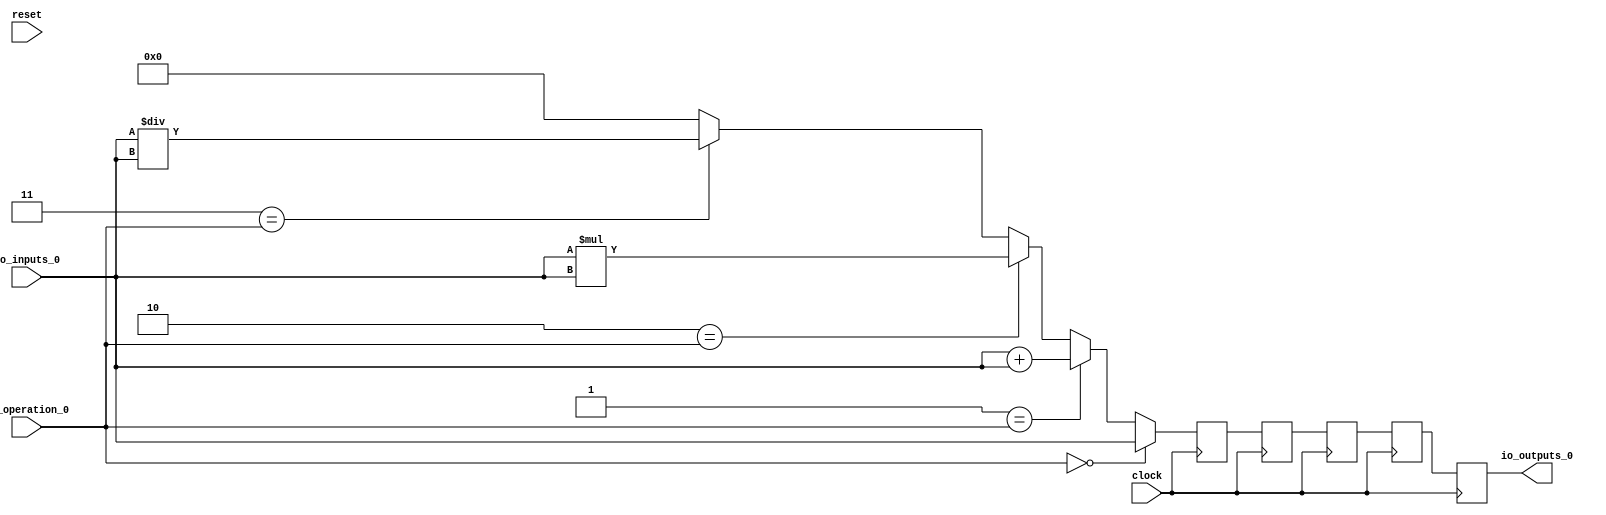
module MuxTest_width_16_inputs_1_outputs_1_pipeline_5( // @[:@3.2]
  input         clock, // @[:@4.4]
  input         reset, // @[:@5.4]
  input  [2:0]  io_operation_0, // @[:@6.4]
  input  [15:0] io_inputs_0, // @[:@6.4]
  output [15:0] io_outputs_0 // @[:@6.4]
);
  wire [16:0] _T_124; // @[MuxTest_width_16_inputs_1_outputs_1_pipeline_5s.scala 32:53:@8.4]
  wire [15:0] _T_125; // @[MuxTest_width_16_inputs_1_outputs_1_pipeline_5s.scala 32:53:@9.4]
  wire [31:0] _T_127; // @[MuxTest_width_16_inputs_1_outputs_1_pipeline_5s.scala 33:58:@10.4]
  wire [15:0] _T_129; // @[MuxTest_width_16_inputs_1_outputs_1_pipeline_5s.scala 34:56:@11.4]
  wire  _T_130; // @[Mux.scala 46:19:@12.4]
  wire [15:0] _T_131; // @[Mux.scala 46:16:@13.4]
  wire  _T_132; // @[Mux.scala 46:19:@14.4]
  wire [31:0] _T_133; // @[Mux.scala 46:16:@15.4]
  wire  _T_134; // @[Mux.scala 46:19:@16.4]
  wire [31:0] _T_135; // @[Mux.scala 46:16:@17.4]
  wire  _T_136; // @[Mux.scala 46:19:@18.4]
  reg [31:0] _T_140; // @[Reg.scala 11:16:@20.4]
  reg [31:0] _RAND_0;
  reg [31:0] _T_142; // @[Reg.scala 11:16:@24.4]
  reg [31:0] _RAND_1;
  reg [31:0] _T_144; // @[Reg.scala 11:16:@28.4]
  reg [31:0] _RAND_2;
  reg [31:0] _T_146; // @[Reg.scala 11:16:@32.4]
  reg [31:0] _RAND_3;
  reg [31:0] _T_148; // @[Reg.scala 11:16:@36.4]
  reg [31:0] _RAND_4;
  assign _T_124 = io_inputs_0 + io_inputs_0; // @[MuxTest_width_16_inputs_1_outputs_1_pipeline_5s.scala 32:53:@8.4]
  assign _T_125 = io_inputs_0 + io_inputs_0; // @[MuxTest_width_16_inputs_1_outputs_1_pipeline_5s.scala 32:53:@9.4]
  assign _T_127 = io_inputs_0 * io_inputs_0; // @[MuxTest_width_16_inputs_1_outputs_1_pipeline_5s.scala 33:58:@10.4]
  assign _T_129 = io_inputs_0 / io_inputs_0; // @[MuxTest_width_16_inputs_1_outputs_1_pipeline_5s.scala 34:56:@11.4]
  assign _T_130 = 3'h3 == io_operation_0; // @[Mux.scala 46:19:@12.4]
  assign _T_131 = _T_130 ? _T_129 : 16'h0; // @[Mux.scala 46:16:@13.4]
  assign _T_132 = 3'h2 == io_operation_0; // @[Mux.scala 46:19:@14.4]
  assign _T_133 = _T_132 ? _T_127 : {{16'd0}, _T_131}; // @[Mux.scala 46:16:@15.4]
  assign _T_134 = 3'h1 == io_operation_0; // @[Mux.scala 46:19:@16.4]
  assign _T_135 = _T_134 ? {{16'd0}, _T_125} : _T_133; // @[Mux.scala 46:16:@17.4]
  assign _T_136 = 3'h0 == io_operation_0; // @[Mux.scala 46:19:@18.4]
  assign io_outputs_0 = _T_148[15:0]; // @[MuxTest_width_16_inputs_1_outputs_1_pipeline_5s.scala 23:14:@40.4]
`ifdef RANDOMIZE_GARBAGE_ASSIGN
`define RANDOMIZE
`endif
`ifdef RANDOMIZE_INVALID_ASSIGN
`define RANDOMIZE
`endif
`ifdef RANDOMIZE_REG_INIT
`define RANDOMIZE
`endif
`ifdef RANDOMIZE_MEM_INIT
`define RANDOMIZE
`endif
`ifndef RANDOM
`define RANDOM $random
`endif
`ifdef RANDOMIZE
  integer initvar;
  initial begin
    `ifdef INIT_RANDOM
      `INIT_RANDOM
    `endif
    `ifndef VERILATOR
      #0.002 begin end
    `endif
  `ifdef RANDOMIZE_REG_INIT
  _RAND_0 = {1{`RANDOM}};
  _T_140 = _RAND_0[31:0];
  `endif // RANDOMIZE_REG_INIT
  `ifdef RANDOMIZE_REG_INIT
  _RAND_1 = {1{`RANDOM}};
  _T_142 = _RAND_1[31:0];
  `endif // RANDOMIZE_REG_INIT
  `ifdef RANDOMIZE_REG_INIT
  _RAND_2 = {1{`RANDOM}};
  _T_144 = _RAND_2[31:0];
  `endif // RANDOMIZE_REG_INIT
  `ifdef RANDOMIZE_REG_INIT
  _RAND_3 = {1{`RANDOM}};
  _T_146 = _RAND_3[31:0];
  `endif // RANDOMIZE_REG_INIT
  `ifdef RANDOMIZE_REG_INIT
  _RAND_4 = {1{`RANDOM}};
  _T_148 = _RAND_4[31:0];
  `endif // RANDOMIZE_REG_INIT
  end
`endif // RANDOMIZE
  always @(posedge clock) begin
    if (_T_136) begin
      _T_140 <= {{16'd0}, io_inputs_0};
    end else begin
      _T_140 <= _T_135;
    end
    _T_142 <= _T_140;
    _T_144 <= _T_142;
    _T_146 <= _T_144;
    _T_148 <= _T_146;
  end
endmodule